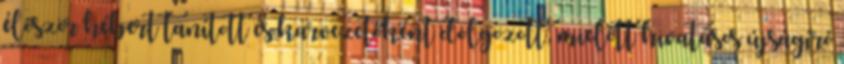
először hébert tanított és karvezetőként dolgozott, mielőtt hivatásos újságíró